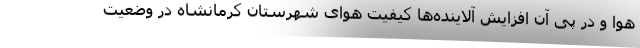
هوا و در پی آن افزایش آلاینده‌ها کیفیت هوای شهرستان کرمانشاه در وضعیت